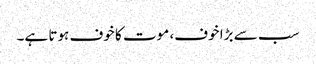
سب سے بڑا خوف، موت کا خوف ہوتا ہے۔